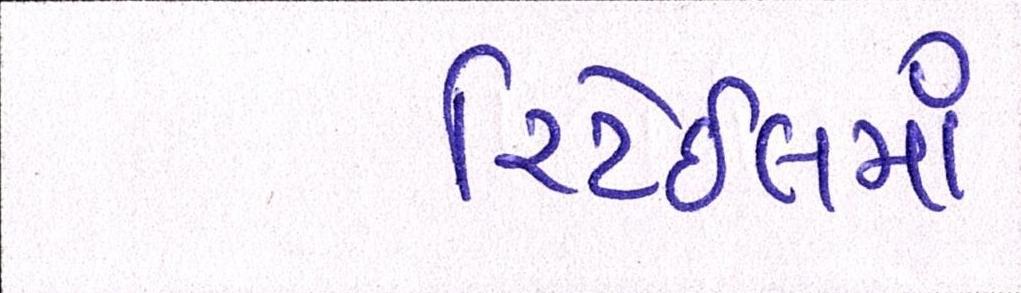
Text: રિટેઈલમાં